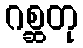
ဂစ္ဆတု